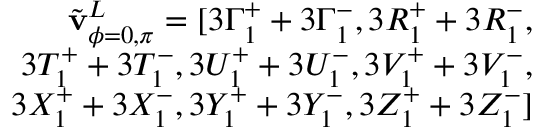
\begin{array} { r } { \Tilde { \mathbf { v } } _ { \phi = 0 , \pi } ^ { L } = [ 3 \Gamma _ { 1 } ^ { + } + 3 \Gamma _ { 1 } ^ { - } , 3 R _ { 1 } ^ { + } + 3 R _ { 1 } ^ { - } , } \\ { 3 T _ { 1 } ^ { + } + 3 T _ { 1 } ^ { - } , 3 U _ { 1 } ^ { + } + 3 U _ { 1 } ^ { - } , 3 V _ { 1 } ^ { + } + 3 V _ { 1 } ^ { - } , } \\ { 3 X _ { 1 } ^ { + } + 3 X _ { 1 } ^ { - } , 3 Y _ { 1 } ^ { + } + 3 Y _ { 1 } ^ { - } , 3 Z _ { 1 } ^ { + } + 3 Z _ { 1 } ^ { - } ] } \end{array}